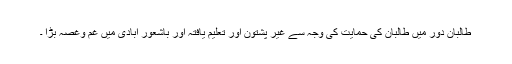
طالبان دور میں طالبان کی حمایت کی وجہ سے غیر پشتون اور تعلیم یافتہ اور باشعور آبادی میں غم وغصہ بڑا ۔